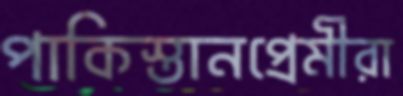
পাকিস্তানপ্রেমীরা